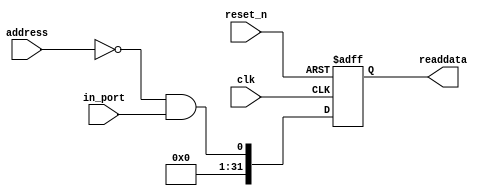
module de2_115_WEB_Qsys_sd_wp_n (
                                  // inputs:
                                   address,
                                   clk,
                                   in_port,
                                   reset_n,

                                  // outputs:
                                   readdata
                                )
;

  output  [ 31: 0] readdata;
  input   [  1: 0] address;
  input            clk;
  input            in_port;
  input            reset_n;

  wire             clk_en;
  wire             data_in;
  wire             read_mux_out;
  reg     [ 31: 0] readdata;
  assign clk_en = 1;
  //s1, which is an e_avalon_slave
  assign read_mux_out = {1 {(address == 0)}} & data_in;
  always @(posedge clk or negedge reset_n)
    begin
      if (reset_n == 0)
          readdata <= 0;
      else if (clk_en)
          readdata <= {{{32 - 1}{1'b0}},read_mux_out};
    end


  assign data_in = in_port;

endmodule